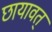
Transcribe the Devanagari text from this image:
छायावत्‌